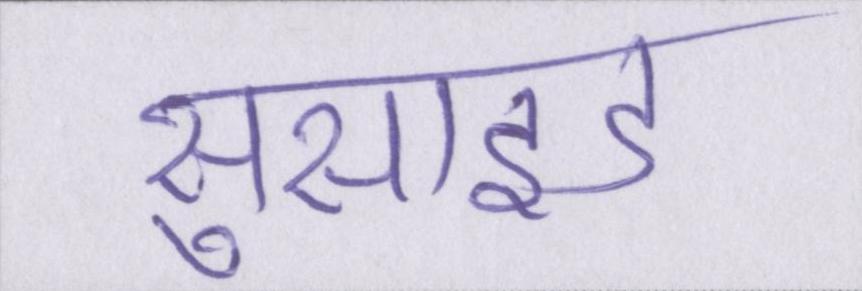
सुसाइड